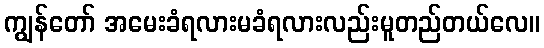
ကျွန်တော် အမေးခံရလားမခံရလားလည်းမူတည်တယ်လေ။